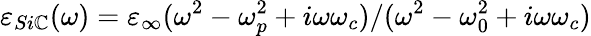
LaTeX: \varepsilon_{Si\mathbb{C}}(\omega)=\varepsilon_{\infty}(\omega^{2}-\omega_{p}^{2}+i\omega\omega_{c})/(\omega^{2}-\omega_{0}^{2}+i\omega\omega_{c})